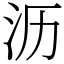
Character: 沥